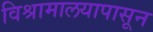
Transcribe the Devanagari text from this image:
विश्रामालयापासून